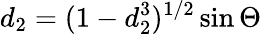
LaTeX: d_{2}=(1-d_{2}^{3})^{1/2}\sin\Theta